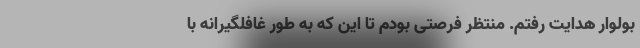
بولوار هدایت رفتم. منتظر فرصتی بودم تا این که به طور غافلگیرانه با